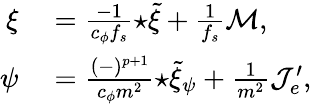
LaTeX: \begin{array}{rl}{\xi}&{{}=\frac{-1}{c_{\phi}f_{s}}{\star\tilde{\xi}}+\frac{1}{f_{s}}{\cal M},}\\ {\psi}&{{}=\frac{(-)^{p+1}}{c_{\phi}m^{2}}{\star\tilde{\xi}_{\psi}}+\frac{1}{m^{2}}{\cal J}_{e}^{\prime},}\end{array}